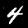
Digit: 4